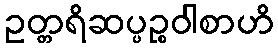
ဥတ္တရိဆပ္ပဉ္စဝါစာဟိ